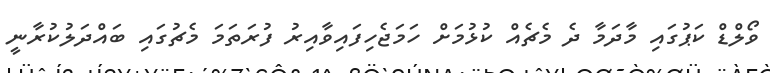
ވޯލްޑް ކަޕުގައި މާދަމާ ދެ މެޗެއް ކުޅުމަށް ހަމަޖެހިފައިވާއިރު ފުރަތަމަ މެޗުގައި ބައްދަލުކުރާނީ